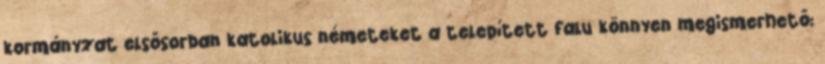
kormányzat elsősorban katolikus németeket a telepített falu könnyen megismerhető: